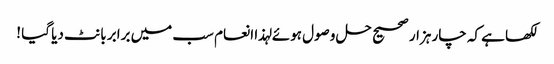
لکھا ہے کہ چار ہزار صحیح حل وصول ہوئے لہذا انعام سب میں برابر بانٹ دیا گیا !